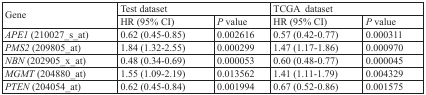
<table><thead><tr><td rowspan="2"><b>Gene</b></td><td colspan="2"><b>Test dataset</b></td><td colspan="2"><b>TCGA dataset</b></td></tr><tr><td><b>HR (95% CI)</b></td><td><b><i>P</i> value</b></td><td><b>HR (95% CI)</b></td><td><b><i>P</i> value</b></td></tr></thead><tbody><tr><td><i>APE1</i> (210027_s_at)</td><td>0.62 (0.45-0.85)</td><td>0.002616</td><td>0.57 (0.42-0.77)</td><td>0.000311</td></tr><tr><td><i>PMS2</i> (209805_at)</td><td>1.84 (1.32-2.55)</td><td>0.000299</td><td>1.47 (1.17-1.86)</td><td>0.000970</td></tr><tr><td><i>NBN</i> (202905_x_at)</td><td>0.48 (0.34-0.69)</td><td>0.000053</td><td>0.60 (0.48-0.77)</td><td>0.000045</td></tr><tr><td><i>MGMT</i> (204880_at)</td><td>1.55 (1.09-2.19)</td><td>0.013562</td><td>1.41 (1.11-1.79)</td><td>0.004329</td></tr><tr><td><i>PTEN</i> (204054_at)</td><td>0.62 (0.45-0.84)</td><td>0.001994</td><td>0.67 (0.52-0.86)</td><td>0.001575</td></tr></tbody></table>